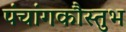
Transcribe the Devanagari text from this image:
पंचांगकौस्तुभ